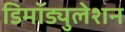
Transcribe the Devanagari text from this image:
डिमॉड्युलेशन